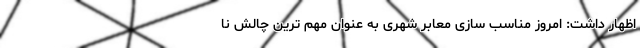
اظهار داشت: امروز مناسب سازی معابر شهری به عنوان مهم ترین چالش نا